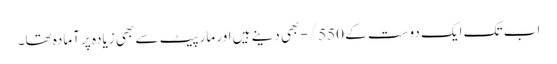
اب تک ایک دوست کے 550/- بھی دینے ہیں اور مارپیٹ سے بھی زیادہ پر آمادہ تھا۔